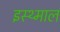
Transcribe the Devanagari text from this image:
इस्थ्माल